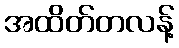
အထိတ်တလန့်